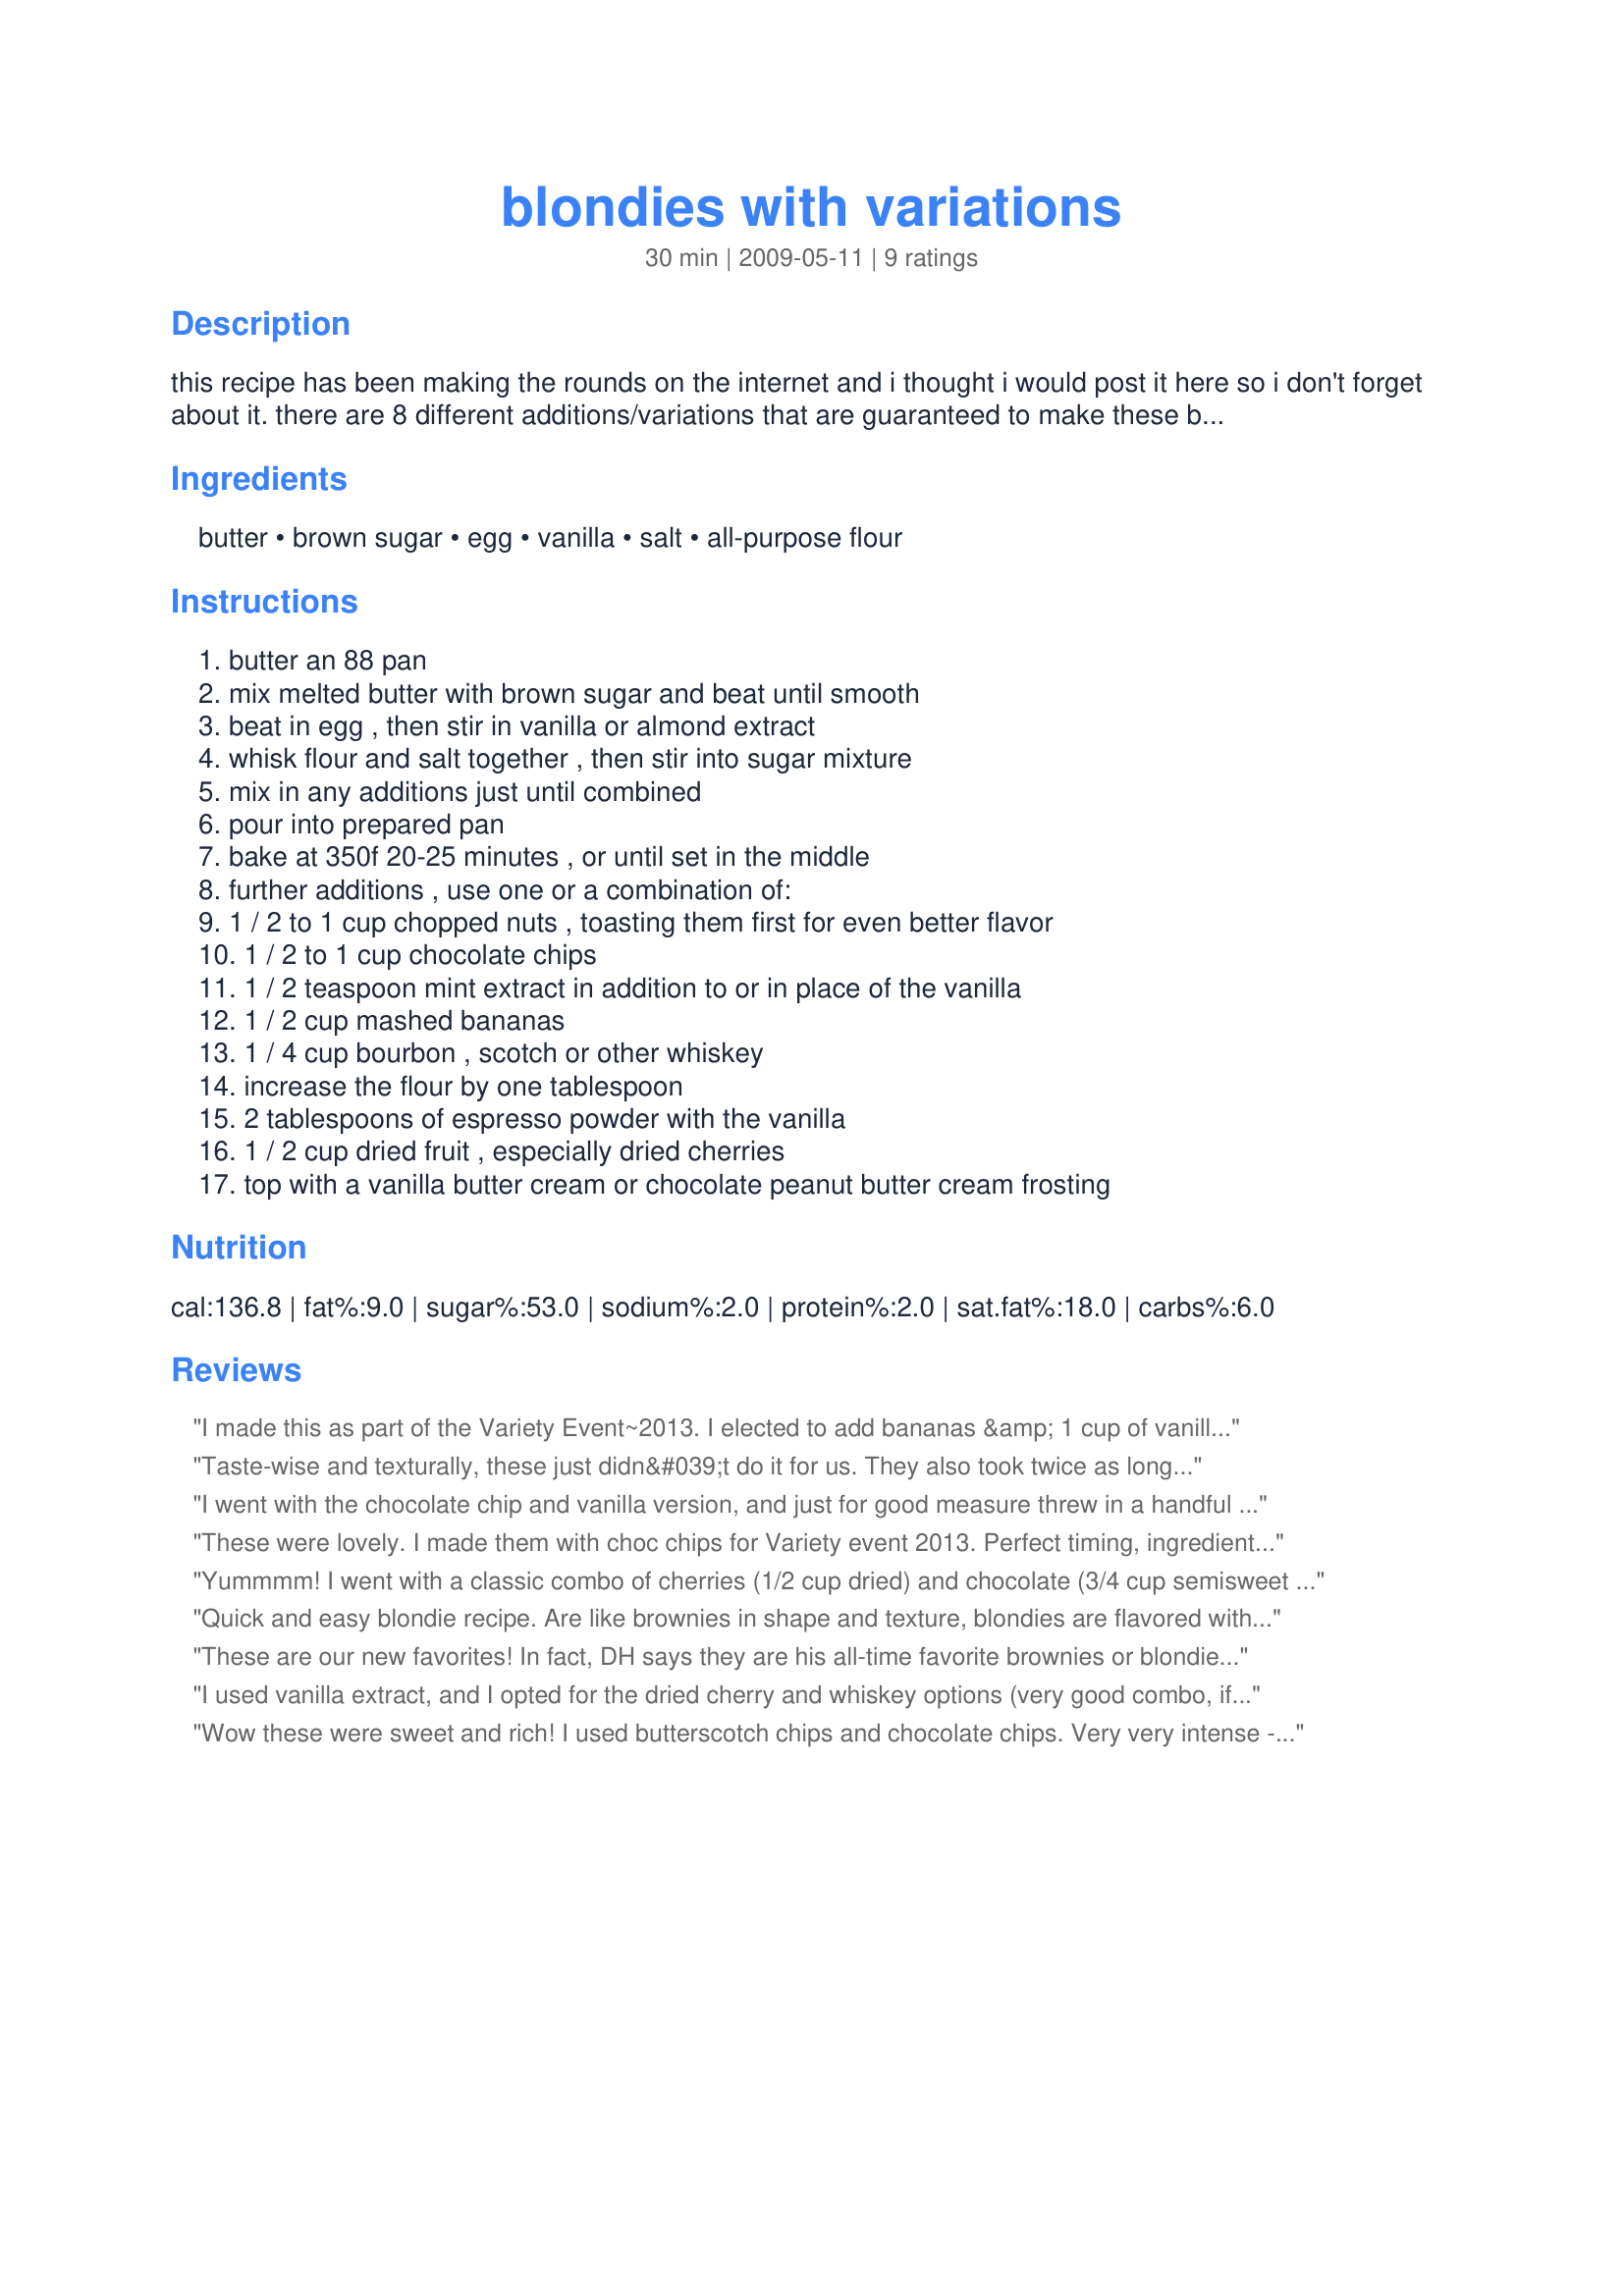
blondies with variations
Preparation time: 30 minutes

this recipe has been making the rounds on the internet and i thought i would post it here so i don't forget about it. there are 8 different additions/variations that are guaranteed to make these blondies something special!

Ingredients:
butter, brown sugar, egg, vanilla, salt, all-purpose flour

Steps:
butter an 88 pan, mix melted butter with brown sugar and beat until smooth, beat in egg , then stir in vanilla or almond extract, whisk flour and salt together , then stir into sugar mixture, mix in any additions just until combined, pour into prepared pan, bake at 350f 20-25 minutes , or until set in the middle, further additions , use one or a combination of:, 1 / 2 to 1 cup chopped nuts , toasting them first for even better flavor, 1 / 2 to 1 cup chocolate chips, 1 / 2 teaspoon mint extract in addition to or in place of the vanilla, 1 / 2 cup mashed bananas, 1 / 4 cup bourbon , scotch or other whiskey, increase the flour by one tablespoon, 2 tablespoons of espresso powder with the vanilla, 1 / 2 cup dried fruit , especially dried cherries, top with a vanilla butter cream or chocolate peanut butter cream frosting

Reviews:
I made this as part of the Variety Event~2013. I elected to add bananas &amp; 1 cup of vanilla chips. The blondies were sweet and the banana flavor strong. However the blondies had a slightly gummy texture even though the edges were crisp and the toothpick tested clean. I enjoyed making them and like that the recipe is pantry friendly and can utilize what&#039;s on hand. I will use the recipe again with a different varation.
Taste-wise and texturally, these just didn&#039;t do it for us. They also took twice as long to cook as the recipe stated. They were just okay. I made them with chocolate chips and used half almond and half vanilla extract. Made for &quot;Variety is the Spice of Life&quot; Event.
I went with the chocolate chip and vanilla version, and just for good measure threw in a handful of butterscotch chips! I liked the fact that they were so crunchy on the outsides and chewy in the center, Thanks for posting, made for Variety is the Spice of life game, 2013
These were lovely. I made them with choc chips for Variety event 2013. Perfect timing, ingredients and directions. Thanks!
Yummmm! I went with a classic combo of cherries (1/2 cup dried) and chocolate (3/4 cup semisweet chips). Since cherries and almond are also a classic combo, I used the almond extract option. My only issue was bake time - after 25min they were still gooey in the middle. I had to add another 5min to get to done. Otherwise, these are simple and delicious! Thanks for sharing! [Made for Variety is the Spice of Life 2013]
Quick and easy blondie recipe. Are like brownies in shape and texture, blondies are flavored with brown sugar in place of chocolate. Delicious! I love this recipe! I have made blondie, time to time, and have found a few tricks for them. First, the quick relese tinfoil works well with this recipe. Sticking is no longer a issue at all. After they look done I turn the oven off and leave the brownies in the oven as it cools. This helps with the gooeyness. I also vary the chips I use. Choc.,white choc., butterscatch, candy bar bits...They all work well in this recipe. I also like to cut the recipe in half and put it in a samller pan(8*8) for a shorter cook time(start to check after about 15 min.). Since it&#039;s hard not to eat them all gone right away, this helps me, since there is not as much to eat! Give it a try, they are SOOOOOO good! Really quick &amp; easy to make. Loved by all my family. And is one of our favourites. To me, Cooking is both art and science. As a science, the kitchen becomes a laboratory, the setting for discoveries that work so well they become classics, or fail so abysmally that they are lessons in what not to do. As in science, food becomes cuisine. Cooks learn to add a &#039;pinch&#039; of a favorite spice to enhance flavor. Scientists maintain the rigor of exactitude. Cooks weigh and measure to produce a finished result that is consistent. AND THEN THE FUN BEGINS. THANK YOU so much for sharing yours recipe!! Made for the 2013 Variety is the Spice of Life event.
These are our new favorites! In fact, DH says they are his all-time favorite brownies or blondies. :) I used half homemade vanilla, half almond extract, cherry-flavored Craisins, and Ghirardelli white chocolate chips. I made this recipe twice. The first time as written in the Perfect Brownie Pan. There wasn&#039;t enough batter, so they were too thin for good photos. The second time I made a double batch, but then decided to use a 13x9 to get more blondies out of it. They were thinner than they would have been in the Perfect Brownie Pan, but tall enough to make nice squares and take a good photo. I sent most of the second batch to work with DH for his co-worker who has come to my rescue twice now when my car needed repairs. :) Thanks for sharing this recipe Chilicat. I&#039;ll be making it again, I&#039;m sure! Made and enjoyed for the Variety is the Spice of Life tag game.
I used vanilla extract, and I opted for the dried cherry and whiskey options (very good combo, if you don&#039;t mind slightly boozy blondies). My blondies took an extra 10 minutes to be fully baked (they were so wet-looking at 25 minutes that I was chalking it up to the whiskey I added, but seeing other reviews tells me that it&#039;s just the way this recipe is. They were still pretty gooey-looking at 35 minutes, but the edges appeared baked. Once they fully cooled, they were perfect (crisp outside and chewy inside). If you&#039;re prefer cakey over fudgy in brownies/blondies, then you might want to pass this one by, but if fudgy texture is your nirvana, these are right up your alley! I&#039;ll definitely be trying some of the other variations. Thanks for posting! Made for the Variety is the Spice of Life 2013 event
Wow these were sweet and rich! I used butterscotch chips and chocolate chips. Very very intense - I recommend topping with ice cream to cut the richness.
